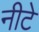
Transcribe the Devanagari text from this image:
नीटे